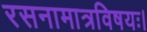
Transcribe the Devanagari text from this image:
रसनामात्रविषयः।